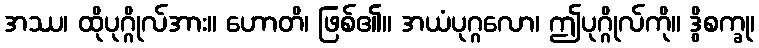
အဿ၊ ထိုပုဂ္ဂိုလ်အား။ ဟောတိ၊ ဖြစ်၏။ အယံပုဂ္ဂလော၊ ဤပုဂ္ဂိုလ်ကို။ ဒွိစက္ခု၊